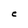
Character: C